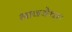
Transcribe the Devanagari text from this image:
भावयेथाः